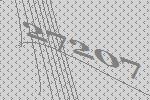
27207